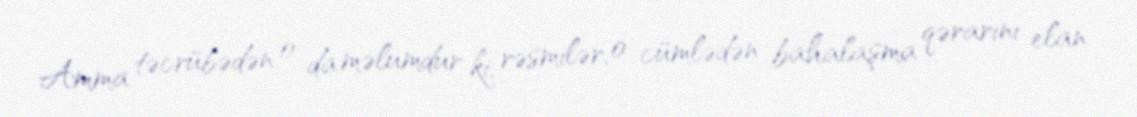
Amma təcrübədən o da məlumdur ki, rəsmilər, o cümlədən bahalaşma qərarını elan